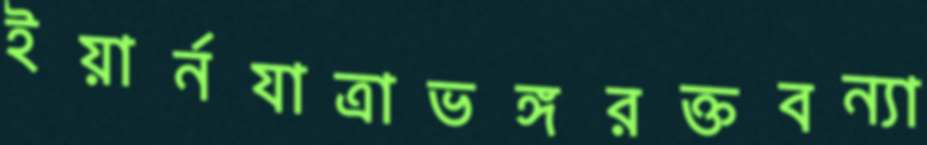
ইয়ার্নযাত্রাভঙ্গরক্তবন্যা